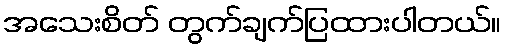
အသေးစိတ် တွက်ချက်ပြထားပါတယ်။